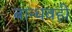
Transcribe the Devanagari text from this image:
बान्धवही